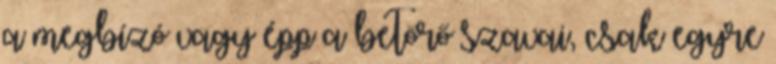
a megbízó vagy épp a betörő szavai, csak egyre